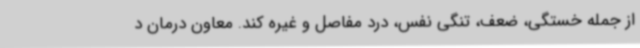
از جمله خستگی، ضعف، تنگی نفس، درد مفاصل و غیره کند. معاون درمان د